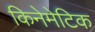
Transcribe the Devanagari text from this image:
किनेमेटिक